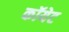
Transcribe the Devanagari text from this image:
कॉयेट